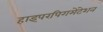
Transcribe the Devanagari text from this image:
हाइपरपिगमेंटेशन